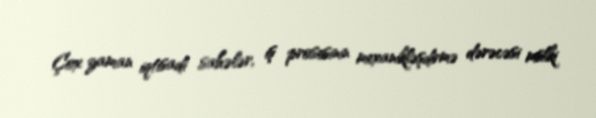
Çox zaman iqtisadi sahələr, iş prosesinin mexanikləşdirmə dərəcəsi mülki